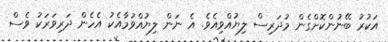
އަކުރު ބޭނުންކޮށްގެން މުދަރިސް ލިޔުއްވިއެވެ. އެ ނަން ލިޔުއްވުމާއެކު އެހެން ދަރިވަރަކު ވެސް